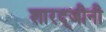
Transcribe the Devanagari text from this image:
शारद्जीनी